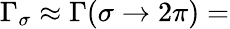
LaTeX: \Gamma_{\sigma}\approx\Gamma(\sigma\rightarrow 2\pi)=